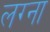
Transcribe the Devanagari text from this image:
लग्ना